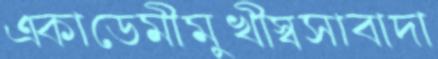
একাডেমীমুখীস্বসাবাদা